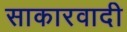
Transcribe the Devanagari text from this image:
साकारवादी